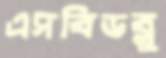
এসবিডব্লু